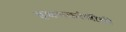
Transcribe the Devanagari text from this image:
इचलकरंजीची